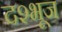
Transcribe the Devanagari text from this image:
दश्भूज